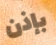
بإذن